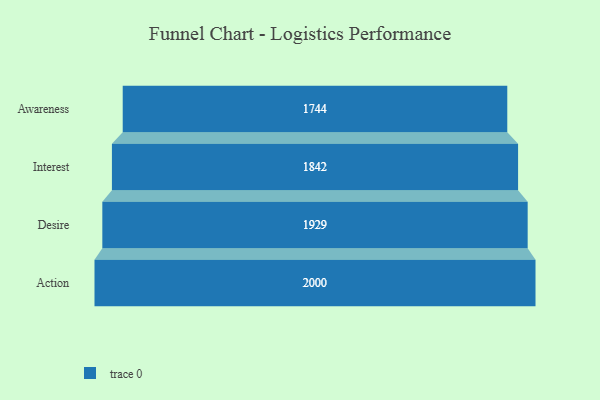
{"axis": {"x": "Stage", "y": "Value"}, "legend": [""], "data": [{"x": "Awareness", "y": 1744.0, "type": ""}, {"x": "Interest", "y": 1842.0, "type": ""}, {"x": "Desire", "y": 1929.0, "type": ""}, {"x": "Action", "y": 2000, "type": ""}]}